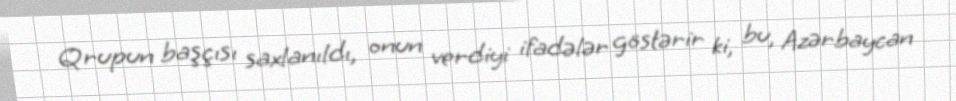
Qrupun başçısı saxlanıldı, onun verdiyi ifadələr göstərir ki, bu, Azərbaycan